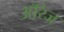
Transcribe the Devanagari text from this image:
ऑरेज